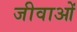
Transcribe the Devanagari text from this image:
जीवाओं